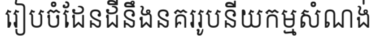
រៀបចំដែនដីនឹងនគររូបនីយកម្មសំណង់